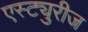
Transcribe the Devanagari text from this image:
एस्ट्युरीज